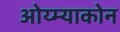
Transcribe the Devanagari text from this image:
ओय्म्याकोन